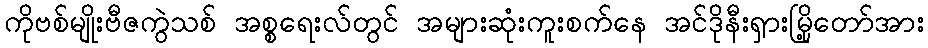
ကိုဗစ်မျိုးဗီဇကွဲသစ် အစ္စရေးလ်တွင် အများဆုံးကူးစက်နေ အင်ဒိုနီးရှားမြို့တော်အား